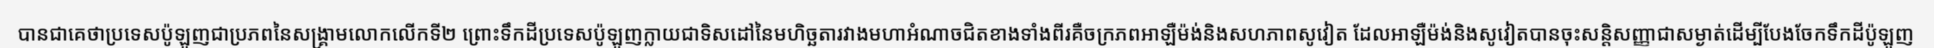
បានជាគេថាប្រទេសប៉ូឡូញជាប្រភពនៃសង្គ្រាមលោកលើកទី២ ព្រោះទឹកដីប្រទេសប៉ូឡូញក្លាយជាទិសដៅនៃមហិច្ឆតារវាងមហាអំណាចជិតខាងទាំងពីរគឺចក្រភពអាឡឺម៉ង់និងសហភាពសូវៀត ដែលអាឡឺម៉ង់និងសូវៀតបានចុះសន្តិសញ្ញាជាសម្ងាត់ដើម្បីបែងចែកទឹកដីប៉ូឡូញ